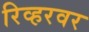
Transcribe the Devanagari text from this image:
रिव्हरवर